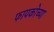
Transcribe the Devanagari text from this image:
फायकोच्या